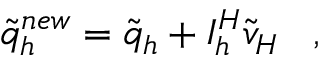
\tilde { q } _ { h } ^ { n e w } = \tilde { q } _ { h } + { \cal I } _ { h } ^ { H } \tilde { v } _ { H } \; \; \; ,